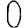
Digit: 0